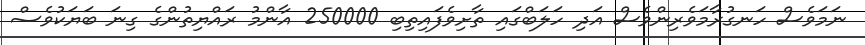
ނަމަވެސް ހަނގުރާމަވެރިންވެސް އަދި ހަލަބްގައި ތާށިވެފައިތިބި 250000 އާންމު ރައްޔިތުންގެ ގިނަ ބަޔަކުވެސް